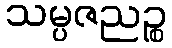
သမ္ပဇညဉ္စ